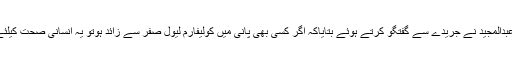
پانی کے ماہر ڈاکٹر عبدالمجید نے جریدے سے گفتگو کرتے ہوئے بتایاکہ اگر کسی بھی پانی میں کولیفارم لیول صفر سے زائد ہوتو یہ انسانی صحت کیلئے سنجیدہ خطر ہ ہے ۔